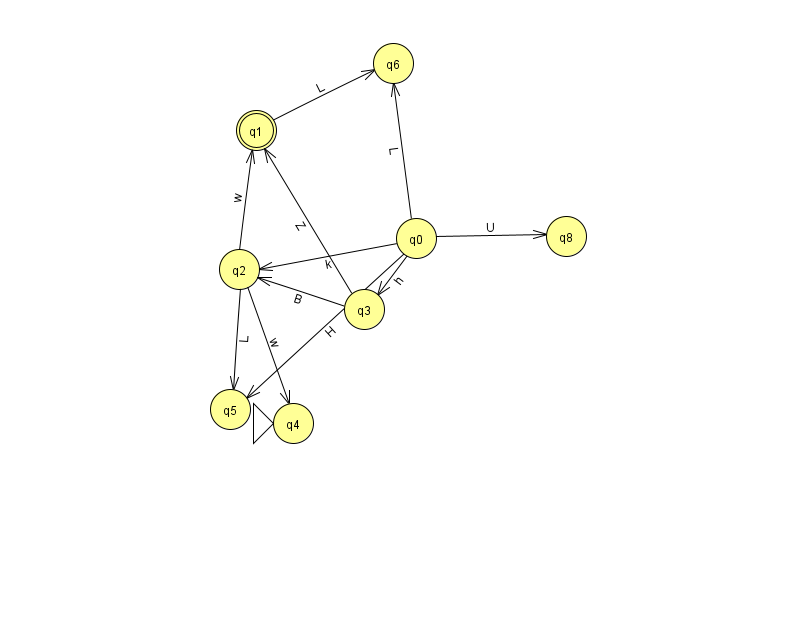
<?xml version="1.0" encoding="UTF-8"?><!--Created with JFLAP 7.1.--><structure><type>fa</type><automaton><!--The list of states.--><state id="0" name="q0"><x>416.0</x><y>225.0</y></state><state id="1" name="q1"><x>256.0</x><y>117.0</y><final/></state><state id="2" name="q2"><x>239.0</x><y>256.0</y></state><state id="3" name="q3"><x>364.0</x><y>296.0</y></state><state id="4" name="q4"><x>293.0</x><y>410.0</y><initial/></state><state id="5" name="q5"><x>230.0</x><y>396.0</y></state><state id="6" name="q6"><x>393.0</x><y>50.0</y></state><state id="8" name="q8"><x>566.0</x><y>223.0</y></state><!--The list of transitions.--><transition><from>0</from><to>2</to><read>k</read></transition><transition><from>2</from><to>1</to><read>w</read></transition><transition><from>0</from><to>5</to><read>H</read></transition><transition><from>3</from><to>1</to><read>Z</read></transition><transition><from>0</from><to>6</to><read>L</read></transition><transition><from>0</from><to>8</to><read>U</read></transition><transition><from>1</from><to>6</to><read>L</read></transition><transition><from>2</from><to>4</to><read>w</read></transition><transition><from>0</from><to>3</to><read>h</read></transition><transition><from>2</from><to>5</to><read>L</read></transition><transition><from>3</from><to>2</to><read>B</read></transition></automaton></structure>